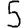
Digit: 5